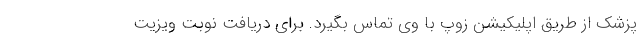
پزشک از طریق اپلیکیشن زوپ با وی تماس بگیرد. برای دریافت نوبت ویزیت